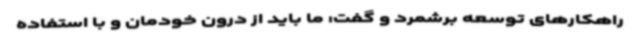
راهکارهای توسعه برشمرد و گفت: ما باید از درون خودمان و با استفاده